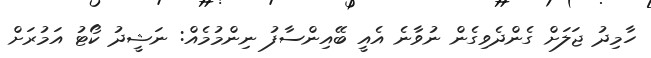
ހާމިދު ޖަލަށް ގެންދެވިގެން ނުވާނެ އެއީ ބޭއިންސާފު ނިންމުމެއް: ނަޝީދު ކޯޓު އަމުރަށް